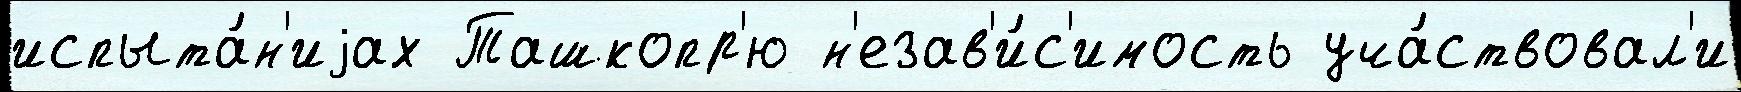
испыта́н'иjах Ташкопр'ю н'езав'и́с'имость уча́ствовал'и